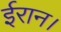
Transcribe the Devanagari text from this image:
ईरान।